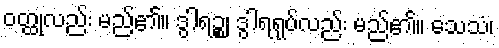
ဝတ္ထုလည်း မည်၏။ ဒွါရဉ္စ၊ ဒွါရရုပ်လည်း မည်၏။ သေသံ၊